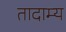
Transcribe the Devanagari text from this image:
तादाम्य